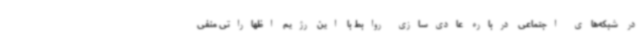
در شبکه‌های اجتماعی درباره عادی‌سازی روابط با این رژیم اظهاراتی منفی